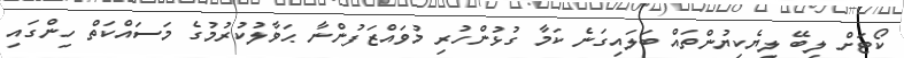
ކޯޓަށް ލިބޭ ލިޔެކިޔުންތައް ބަލައިގަނެ ކަމާ ގުޅުންހުރި މުވައްޒަފުންނާ ޙަވާލުކުރުމުގެ މަސައްކަތް ހިންގައި